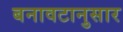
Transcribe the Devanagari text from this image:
बनावटानुसार